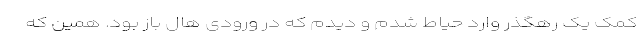
کمک یک رهگذر وارد حیاط شدم و دیدم که در ورودی هال باز بود. همین که